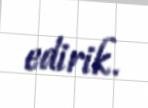
edirik.